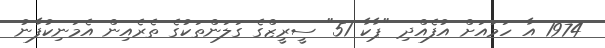
1974 އާ ހަމައަށް އުފެއްދި "ޕާކާ 51" ސީރީޒްގެ ގަލަންތަކުގެ ތެރެއިން އެމަނިކުފާނު